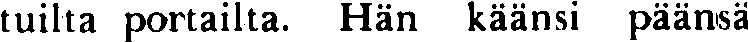
tuilta portailta. Hän käänsi päänsä